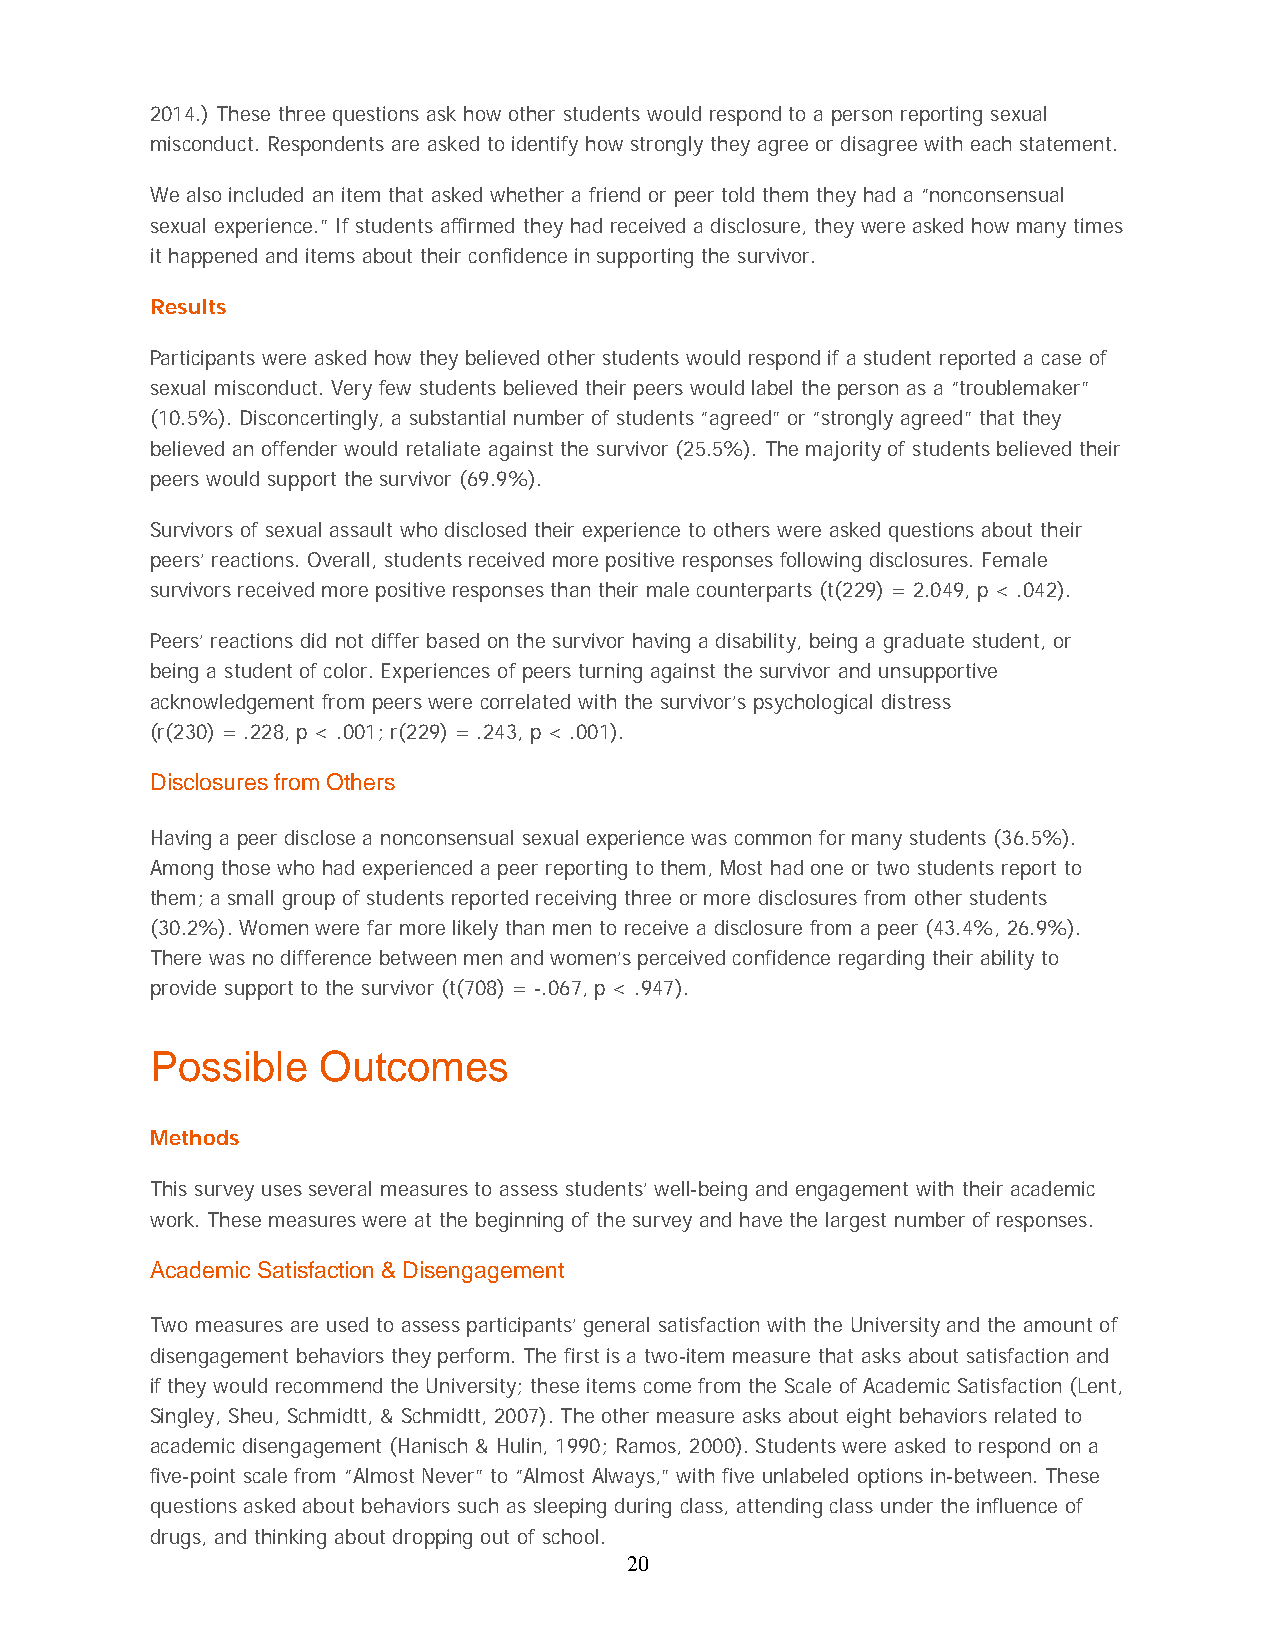
2014.) These three questions ask how other students would respond to a person reporting sexual
 misconduct. Respondents are asked to identify how strongly they agree or disagree with each statement.
 We also included an item that asked whether a friend or peer told them they had a “nonconsensual
 sexual experience.” If students affirmed they had received a disclosure, they were asked how many times
 it happened and items about their confidence in supporting the survivor.
 Results
 Participants were asked how they believed other students would respond if a student reported a case of
 sexual misconduct. Very few students believed their peers would label the person as a “troublemaker”
 (10.5%). Disconcertingly, a substantial number of students “agreed” or “strongly agreed” that they
 believed an offender would retaliate against the survivor (25.5%). The majority of students believed their
 peers would support the survivor (69.9%).
 Survivors of sexual assault who disclosed their experience to others were asked questions about their
 peers’ reactions. Overall, students received more positive responses following disclosures. Female
 survivors received more positive responses than their male counterparts (t(229) = 2.049, p < .042).
 Peers’ reactions did not differ based on the survivor having a disability, being a graduate student, or
 being a student of color. Experiences of peers turning against the survivor and unsupportive
 acknowledgement from peers were correlated with the survivor’s psychological distress
 (r(230) = .228, p < .001; r(229) = .243, p < .001).
 Disclosures from Others
 Having a peer disclose a nonconsensual sexual experience was common for many students (36.5%).
 Among those who had experienced a peer reporting to them, Most had one or two students report to
 them; a small group of students reported receiving three or more disclosures from other students
 (30.2%). Women were far more likely than men to receive a disclosure from a peer (43.4%, 26.9%).
 There was no difference between men and women’s perceived confidence regarding their ability to
 provide support to the survivor (t(708) = -.067, p < .947).
 Possible   Outcomes
 Methods
 This survey uses several measures to assess students’ well-being and engagement with their academic
 work. These measures were at the beginning of the survey and have the largest number of responses.
 Academic Satisfaction & Disengagement
 Two measures are used to assess participants’ general satisfaction with the University and the amount of
 disengagement behaviors they perform. The first is a two-item measure that asks about satisfaction and
 if they would recommend the University; these items come from the Scale of Academic Satisfaction (Lent,
 Singley, Sheu, Schmidtt, & Schmidtt, 2007). The other measure asks about eight behaviors related to
 academic disengagement (Hanisch & Hulin, 1990; Ramos, 2000). Students were asked to respond on a
 five-point scale from “Almost Never” to “Almost Always,” with five unlabeled options in-between. These
 questions asked about behaviors such as sleeping during class, attending class under the influence of
 drugs, and thinking about dropping out of school.
 20